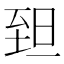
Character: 𦤾